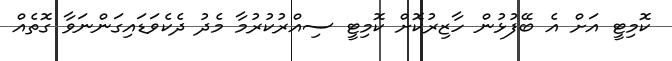
ކޮމިޓީ އަށް އެ ބޭފުޅުން ހާޒިރުކޮށް ކޮމިޓީ ސިއްރުކުރުމާ މެދު ދެކެވަޑައިގަންނަވާ ގޮތެއް